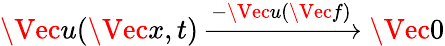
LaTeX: \Vec{u}(\Vec{x},t)\xrightarrow{-\Vec{u}(\Vec{f})}\Vec{0}